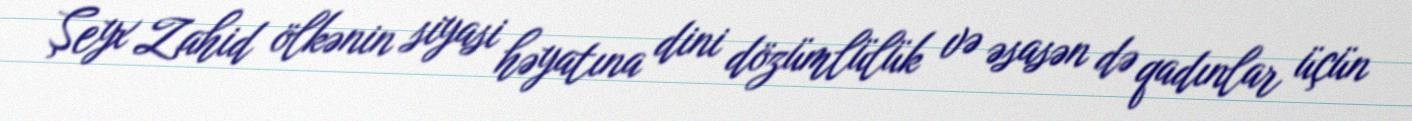
Şeyx Zahid ölkənin siyasi həyatına dini dözümlülük və əsasən də qadınlar üçün